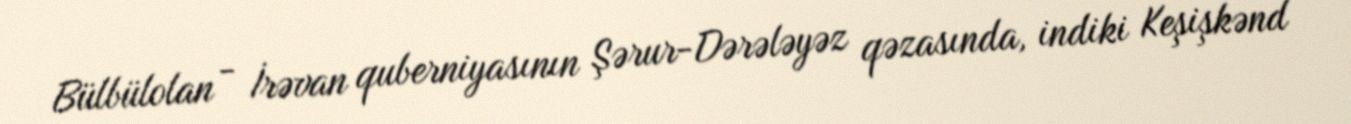
Bülbülolan - İrəvan quberniyasının Şərur-Dərələyəz qəzasında, indiki Keşişkənd